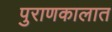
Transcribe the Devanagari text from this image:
पुराणकालात